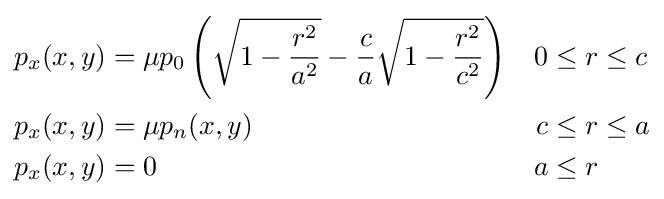
{\begin{aligned}p_{x}(x,y)&=\mu p_{0}\left({\sqrt {1-{\frac {r^{2}}{a^{2}}}}}-{\frac {c}{a}}{\sqrt {1-{\frac {r^{2}}{c^{2}}}}}\right)&0\leq {}&r\leq c\\p_{x}(x,y)&=\mu p_{n}(x,y)&c\leq {}&r\leq a\\p_{x}(x,y)&=0&a\leq {}&r\end{aligned}}